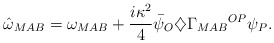
\begin{align*}{\hat\omega}_{MAB}=\omega_{MAB}+\frac{i\kappa^2}{4}{\bar\psi}_O\diamondsuit{\Gamma_{MAB}}^{OP}\psi_P.\end{align*}